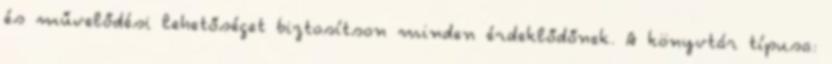
és művelődési lehetőséget biztosítson minden érdeklődőnek. A könyvtár típusa: